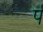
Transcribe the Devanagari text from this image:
र्प